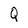
Character: Q